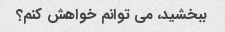
ببخشید، می توانم خواهش کنم؟